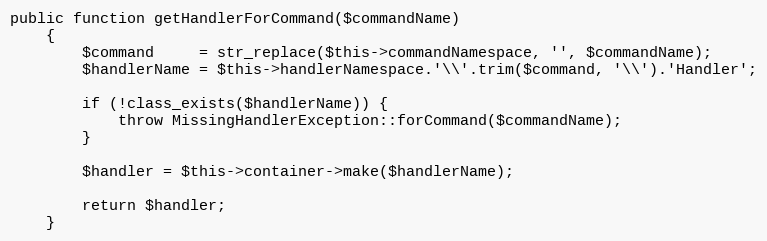
Language: PHP
public function getHandlerForCommand($commandName)
    {
        $command     = str_replace($this->commandNamespace, '', $commandName);
        $handlerName = $this->handlerNamespace.'\\'.trim($command, '\\').'Handler';

        if (!class_exists($handlerName)) {
            throw MissingHandlerException::forCommand($commandName);
        }

        $handler = $this->container->make($handlerName);

        return $handler;
    }